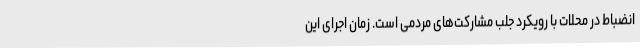
انضباط در محلات با رویکرد جلب مشارکت‌های مردمی است. زمان اجرای این